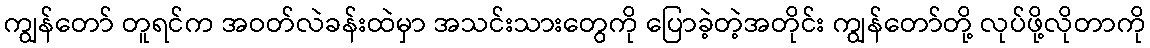
ကျွန်တော် တူရင်က အဝတ်လဲခန်းထဲမှာ အသင်းသားတွေကို ပြောခဲ့တဲ့အတိုင်း ကျွန်တော်တို့ လုပ်ဖို့လိုတာကို